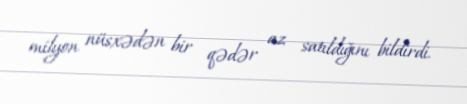
milyon nüsxədən bir qədər az satıldığını bildirdi.